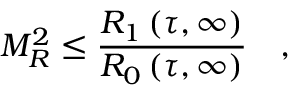
M _ { R } ^ { 2 } \le \frac { R _ { 1 } \left( \tau , \infty \right) } { R _ { 0 } \left( \tau , \infty \right) } \quad ,